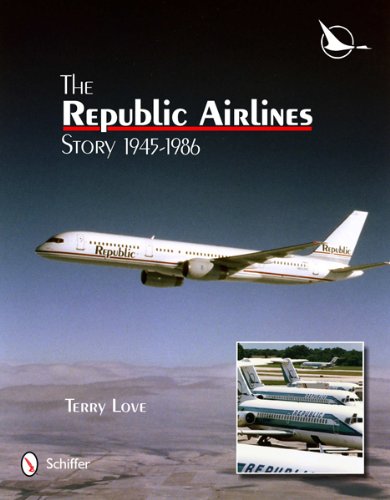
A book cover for The Republic Airlines Story: An Illustrated History, 1945-1986; Terry Love; Arts & Photography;